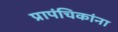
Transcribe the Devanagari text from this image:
प्रापंचिकांना